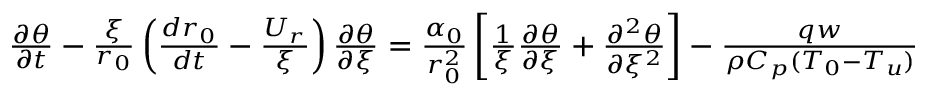
\begin{array} { r } { \frac { \partial \theta } { \partial t } - \frac { \xi } { r _ { 0 } } \left( \frac { d r _ { 0 } } { d t } - \frac { U _ { r } } { \xi } \right) \frac { \partial \theta } { \partial \xi } = \frac { \alpha _ { 0 } } { r _ { 0 } ^ { 2 } } \left[ \frac { 1 } { \xi } \frac { \partial \theta } { \partial \xi } + \frac { \partial ^ { 2 } \theta } { \partial \xi ^ { 2 } } \right] - \frac { q w } { \rho C _ { p } ( T _ { 0 } - T _ { u } ) } } \end{array}